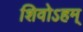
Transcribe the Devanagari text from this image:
शिवोऽहम्